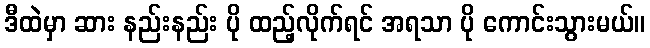
ဒီထဲမှာ ဆား နည်းနည်း ပို ထည့်လိုက်ရင် အရသာ ပို ကောင်းသွားမယ်။